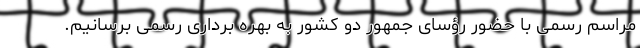
مراسم رسمی با حضور رؤسای جمهور دو کشور به بهره برداری رسمی برسانیم.